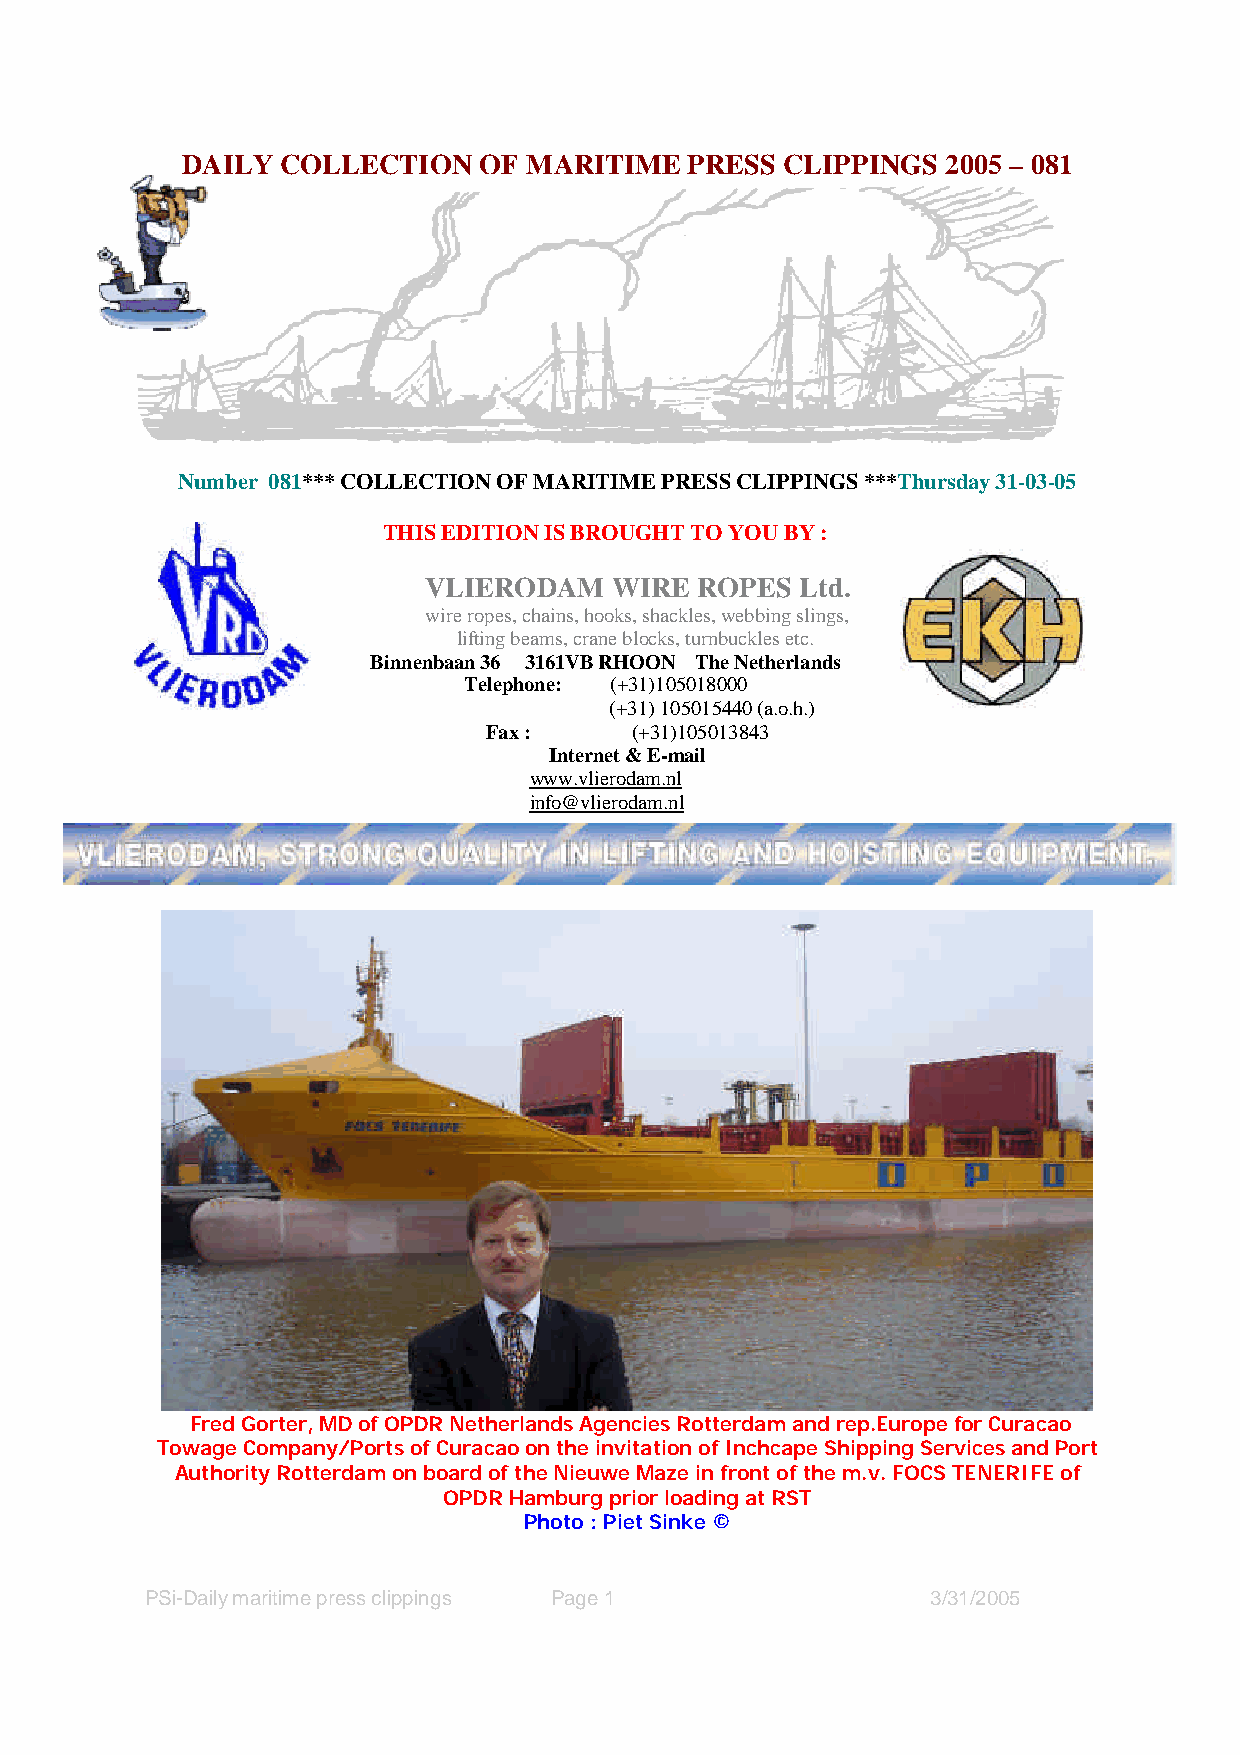
DAILY  COLLECTION   OF MARITIME   PRESS CLIPPINGS  2005 – 081
 Number 081*** COLLECTION OF MARITIME PRESS CLIPPINGS ***Thursday 31-03-05
 THIS EDITION IS BROUGHT TO YOU BY :
 VLIERODAM    WIRE ROPES  Ltd.
 wire ropes, chains, hooks, shackles, webbing slings,
 lifting beams, crane blocks, turnbuckles etc.
 Binnenbaan 36 3161VB RHOON The Netherlands
 Telephone: (+31)105018000
 (+31) 105015440 (a.o.h.)
 Fax :     (+31)105013843
 Internet & E-mail
 www.vlierodam.nl
 i nfo@vlierodam.nl
 Fred Gorter, MD of OPDR Netherlands Agencies Rotterdam and rep.Europe for Curacao
 Towage Company/Ports of Curacao on the invitation of Inchcape Shipping Services and Port
 Authority Rotterdam on board of the Nieuwe Maze in front of the m.v. FOCS TENERIFE of
 OPDR Hamburg prior loading at RST
 Photo : Piet Sinke ©
 PSi-Daily maritime press clippings Page 1           3/31/2005